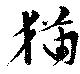
猫